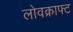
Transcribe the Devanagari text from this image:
लोवक्राफ्ट